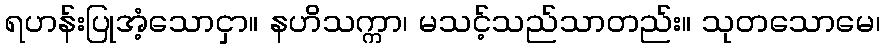
ရဟန်းပြုအံ့သောငှာ။ နဟိသက္ကာ၊ မသင့်သည်သာတည်း။ သုတသောမေ၊